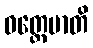
ဝတ္တေမာတိ